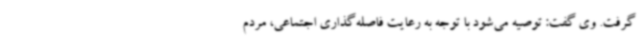
گرفت. وی گفت: توصیه می‌شود با توجه به رعایت فاصله‌گذاری اجتماعی، مردم